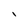
Character: l